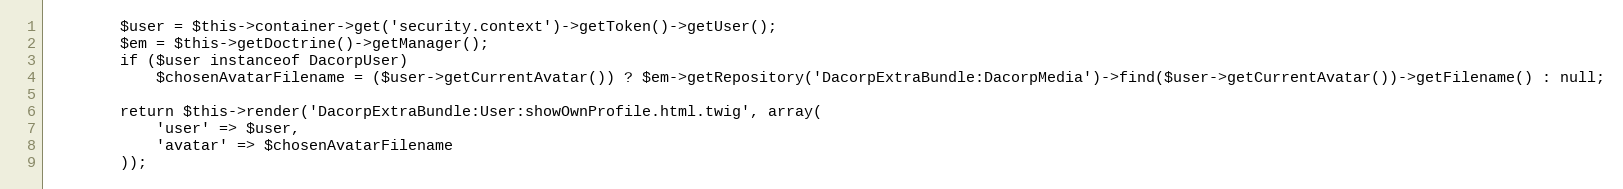
Language: PHP
        $user = $this->container->get('security.context')->getToken()->getUser();
        $em = $this->getDoctrine()->getManager();
        if ($user instanceof DacorpUser)
            $chosenAvatarFilename = ($user->getCurrentAvatar()) ? $em->getRepository('DacorpExtraBundle:DacorpMedia')->find($user->getCurrentAvatar())->getFilename() : null;

        return $this->render('DacorpExtraBundle:User:showOwnProfile.html.twig', array(
            'user' => $user,
            'avatar' => $chosenAvatarFilename
        ));